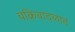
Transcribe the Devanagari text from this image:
चक्रिवादळात